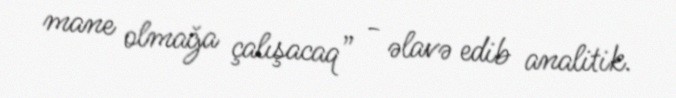
mane olmağa çalışacaq” - əlavə edib analitik.